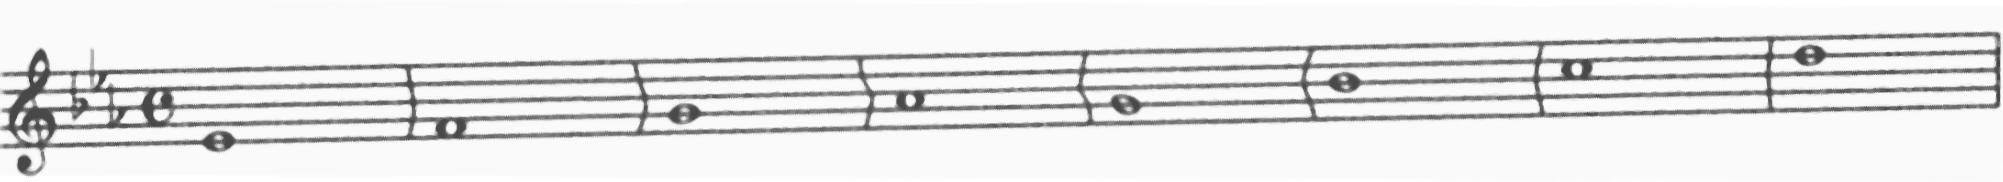
Transcription: clef-G2 keySignature-EbM timeSignature-C note-Eb4_whole barline note-F4_whole barline note-G4_whole barline note-Ab4_whole barline note-G4_whole barline note-Bb4_whole barline note-C5_whole barline note-D5_whole barline